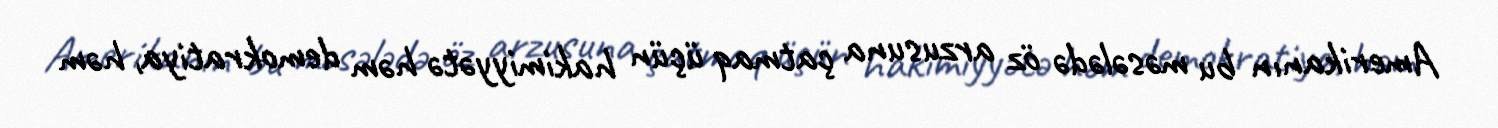
Amerikanın bu məsələdə öz arzusuna çatmaq üçün hakimiyyətə həm demokratiya, həm